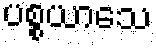
ပစ္စယာသေ